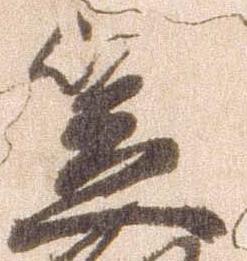
笠